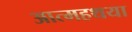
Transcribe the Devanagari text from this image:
आत्महथया